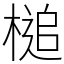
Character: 槌